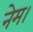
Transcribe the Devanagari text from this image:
नेम।